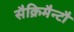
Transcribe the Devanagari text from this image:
सैक्रिमैन्टौ